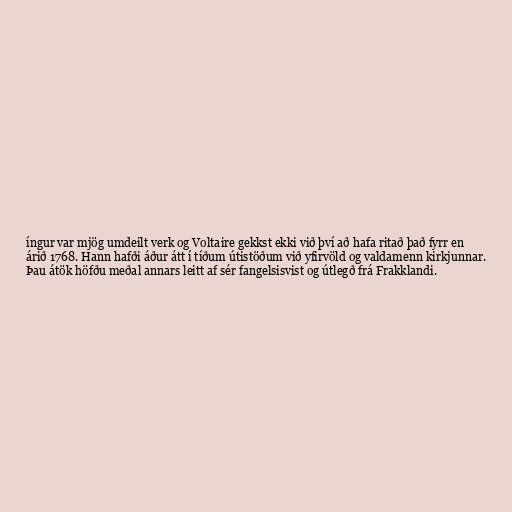
íngur var mjög umdeilt verk og Voltaire gekkst ekki við því að hafa ritað það fyrr en
árið 1768. Hann hafði áður átt í tíðum útistöðum við yfirvöld og valdamenn kirkjunnar.
Þau átök höfðu meðal annars leitt af sér fangelsisvist og útlegð frá Frakklandi.